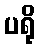
ပရို